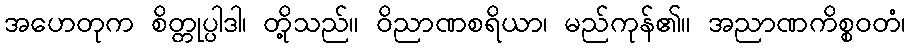
အဟေတုက စိတ္တုပ္ပါဒါ၊ တို့သည်။ ဝိညာဏစရိယာ၊ မည်ကုန်၏။ အညာဏကိစ္စဝတံ၊